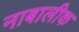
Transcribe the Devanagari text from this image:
नाबालीक